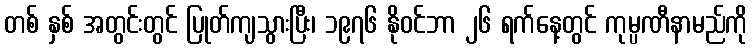
တစ် နှစ် အတွင်းတွင် ပြုတ်ကျသွားပြီး၊ ၁၉၇၆ နိုဝင်ဘာ ၂၆ ရက်နေ့တွင် ကုမ္ပဏီနာမည်ကို